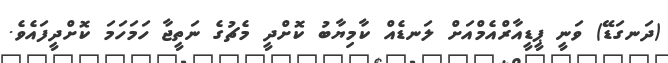
(ދަނގަޑޭ) ވަނީ ޕީޑީއާރްއެމްއަށް ލަނޑެއް ކާމިޔާބު ކޮށްދީ މެޗުގެ ނަތީޖާ ހަމަހަމަ ކޮށްދީފައެވެ.